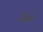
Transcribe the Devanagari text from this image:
सेहृ